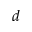
d